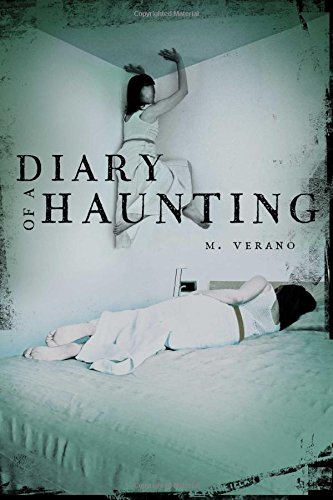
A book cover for Diary of a Haunting; M. Verano; Teen & Young Adult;